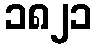
၁၈၂၁